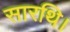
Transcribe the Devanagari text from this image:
सारथि।